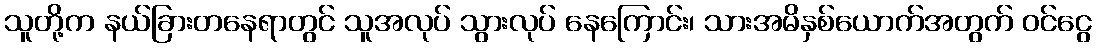
သူတို့က နယ်ခြားတနေရာတွင် သူအလုပ် သွားလုပ် နေကြောင်း၊ သားအမိနှစ်ယောက်အတွက် ဝင်ငွေ